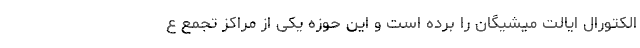
الکتورال ایالت میشیگان را برده است و این حوزه یکی از مراکز تجمع ع